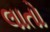
લાતો